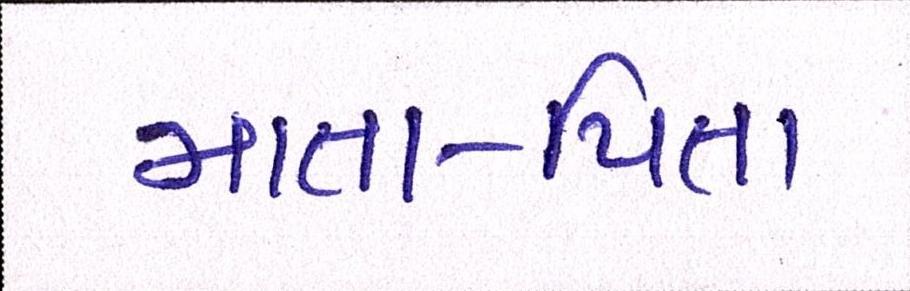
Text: માતા-પિતા